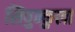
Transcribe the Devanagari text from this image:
सिपुन्कुला